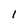
Character: 1